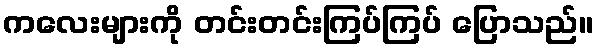
ကလေးများကို တင်းတင်းကြပ်ကြပ် ပြောသည်။